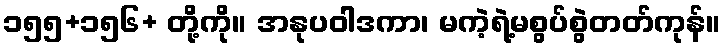
၁၅၅+၁၅၆+ တို့ကို။ အနုပဝါဒကာ၊ မကဲ့ရဲ့မစွပ်စွဲတတ်ကုန်။